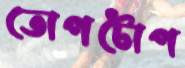
তোপটোপ